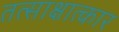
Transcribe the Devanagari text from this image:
तत्साक्षात्कार